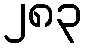
၂၈၃